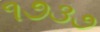
૧૭૩૭